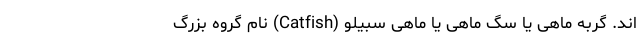
اند. گربه‌ ماهی یا سگ‌ ماهی یا ماهی سبیلو (Catfish) نام گروه بزرگ